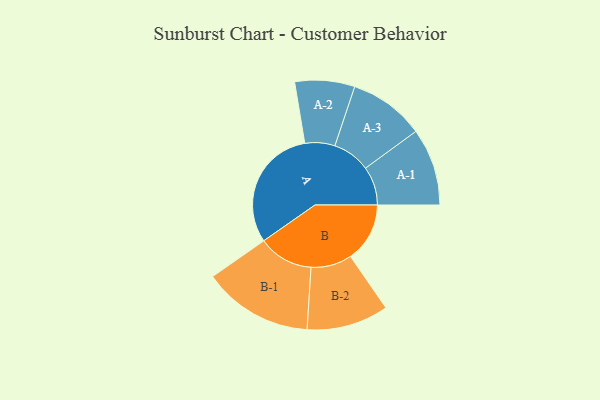
{"axis": {"x": "Segment", "y": "Value"}, "legend": ["", "A", "B"], "data": [{"x": "A", "y": 438, "type": ""}, {"x": "B", "y": 210, "type": ""}, {"x": "A-1", "y": 137, "type": "A"}, {"x": "A-2", "y": 106, "type": "A"}, {"x": "A-3", "y": 134, "type": "A"}, {"x": "B-1", "y": 195, "type": "B"}, {"x": "B-2", "y": 145, "type": "B"}]}